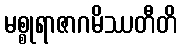
မစ္စုရာဇာဂမိဿတီတိ